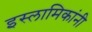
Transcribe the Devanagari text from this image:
इस्लामिकांनी